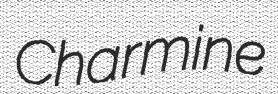
Charmine